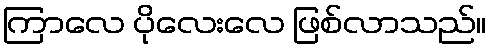
ကြာလေ ပိုလေးလေ ဖြစ်လာသည်။